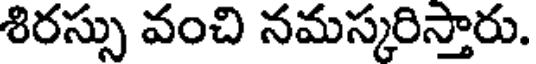
శిరస్సు వంచి నమస్కరిస్తారు.